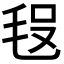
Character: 𣭗